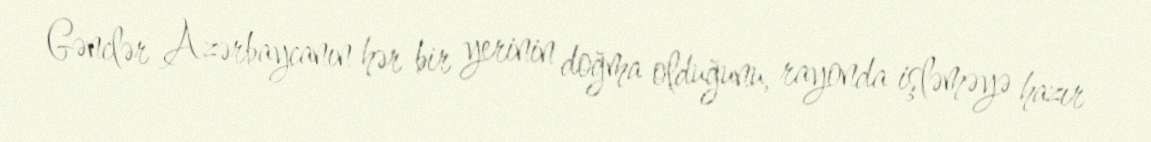
Gənclər Azərbaycanın hər bir yerinin doğma olduğunu, rayonda işləməyə hazır